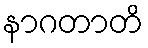
နာဂတာတိ